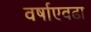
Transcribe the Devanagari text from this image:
वर्षाएवढा